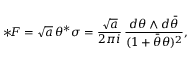
{ * } \! { \cal F } = \sqrt { a } \, \theta ^ { * } \sigma = \frac { \sqrt { a } } { 2 \pi i } \, \frac { d \theta \wedge d { \bar { \theta } } } { ( 1 + { \bar { \theta } } \theta ) ^ { 2 } } ,